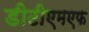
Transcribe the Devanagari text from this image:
डीटीएमएफ